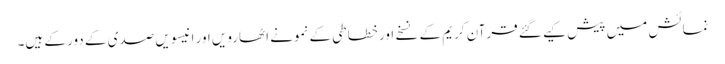
نمائش میں پیش کیے گئے قرآن کریم کے نسخے اور خطاطی کے نمونے اٹھارویں اور انیسویں صدی کے دور کے ہیں۔